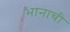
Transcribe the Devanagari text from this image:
भानाची